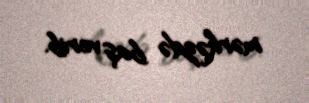
mərkəzdə baş verib.